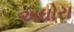
અઘોરા